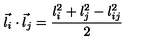
\vec { l } _ { i } \cdot \vec { l } _ { j } = \frac { l _ { i } ^ { 2 } + l _ { j } ^ { 2 } - l _ { i j } ^ { 2 } } { 2 }